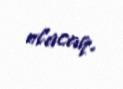
olacaq.